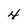
Character: 4